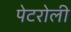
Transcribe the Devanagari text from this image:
पेटरोली